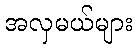
အလှမယ်များ